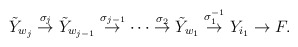
\begin{align*}\tilde{Y}_{w_{j}}\stackrel{\sigma_{j}}{\rightarrow}\tilde{Y}_{w_{j-1}}\stackrel{\sigma_{j-1}}{\rightarrow}\cdots\stackrel{\sigma_{2}}{\rightarrow}\tilde{Y}_{w_{1}}\stackrel{\sigma_{1}^{-1}}{\rightarrow}Y_{i_{1}}\rightarrow F .\end{align*}